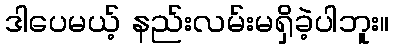
ဒါပေမယ့် နည်းလမ်းမရှိခဲ့ပါဘူး။